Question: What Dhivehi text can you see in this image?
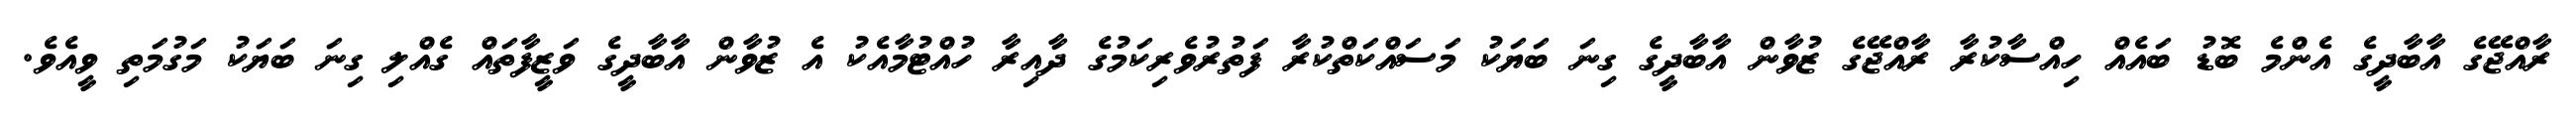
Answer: ރާއްޖޭގެ އާބާދީގެ އެންމެ ބޮޑު ބައެއް ހިއްސާކުރާ ރާއްޖޭގެ ޒުވާން އާބާދީގެ ގިނަ ބަޔަކު މަސައްކަތްކުރާ ފަތުރުވެރިކަމުގެ ދާއިރާ ހުއްޓުމާއެކު އެ ޒުވާން އާބާދީގެ ވަޒީފާތައް ގެއްލި ގިނަ ބަޔަކު މަގުމަތި ވީއެވެ.